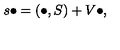
s \bullet = \left( \bullet , S \right) + V \bullet ,